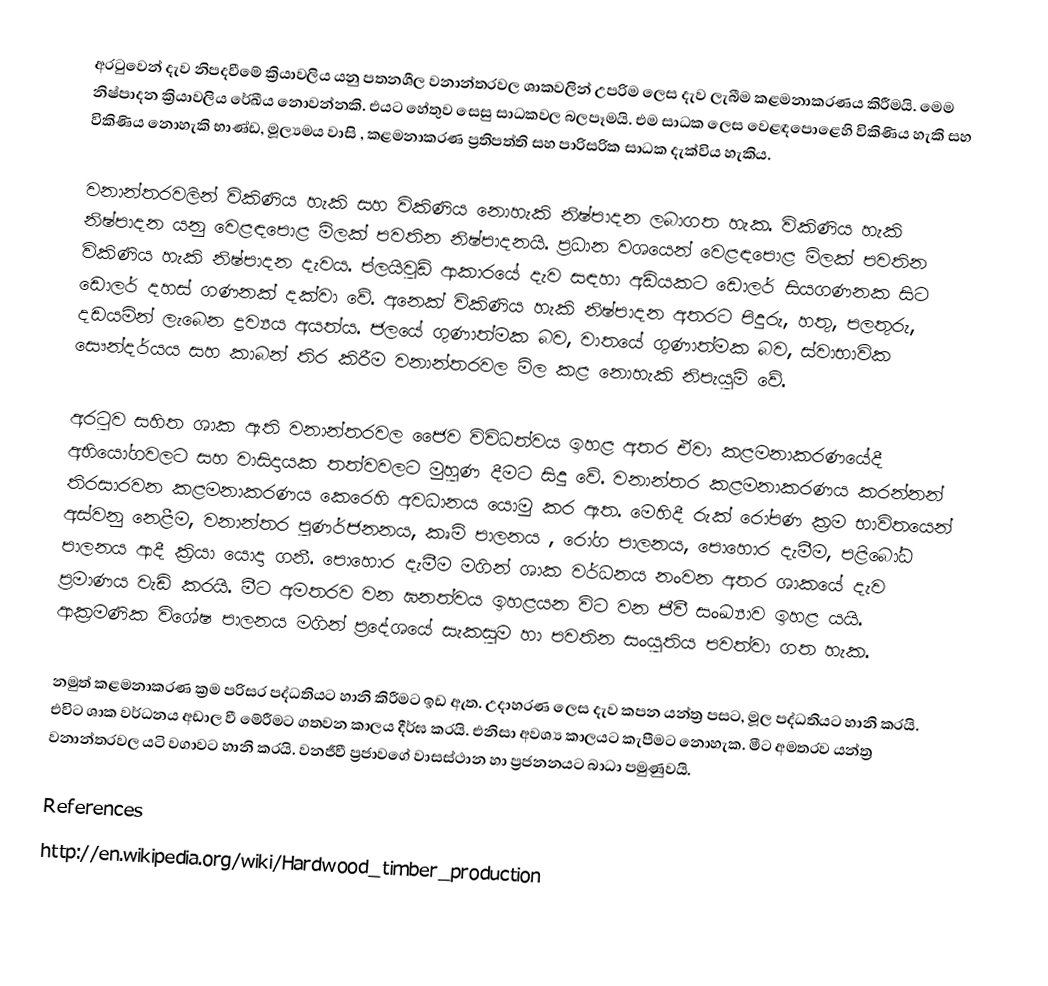
අරටුවෙන් දැව නිපදවීමේ ක්‍රියාවලිය යනු පතනශීල වනාන්තරවල ශාකවලින් උපරිම ලෙස දැව ලැබීම කළමනාකරණය කිරීමයි. මෙම නිෂ්පාදන ක්‍රියාවලිය රේඛීය නොවන්නකි. එයට හේතුව සෙසු සාධකවල බලපෑමයි. එම සාධක ලෙස වෙළඳපොළෙහි විකිණිය හැකි සහ විකිණිය නොහැකි භාණ්ඩ, මූල්‍යමය වාසි , කළමනාකරණ ප්‍රතිපත්ති සහ පාරිසරික සාධක දැක්විය හැකිය.

වනාන්තරවලින් විකිණිය හැකි සහ විකිණිය නොහැකි නිෂ්පාදන ලබාගත හැක‍. විකිණිය හැකි නිෂ්පාදන යනු වෙළඳපොළ මිලක් පවතින නිෂ්පාදනයි. ප්‍රධාන වශයෙන් වෙළඳපොළ මිලක් පවතින විකිණිය හැකි නිෂ්පාදන දැවය. ප්ලයිවුඩ් ආකාරයේ දැව සඳහා අඩියකට ඩොලර් සියගණනක සිට ඩොලර් දහස් ගණනක් දක්වා වේ. අනෙක් විකිණිය හැකි නිෂ්පාදන අතරට පිදුරු, හතු, පලතුරු, දඩයමින් ලැබෙන ද්‍රව්‍යය අයත්ය. ජලයේ ගුණාත්මක බව, වාතයේ ගුණාත්මක බව, ස්වාභාවික සෞන්දර්යය සහ කාබන් තිර කිරීම වනාන්තරවල මිල කළ නොහැකි නිපැයුම් වේ.

අරටුව සහිත ශාක ඇති වනාන්තරවල ජෛව විවිධත්වය ඉහළ අතර ඒවා කළමනාකරණයේදී අභියෝගවලට සහ වාසිදායක තත්වවලට මුහුණ දීමට සිදු වේ. වනාන්තර කළමනාකරණය කරන්නන් තිරසාරවන කළමනාකරණය කෙරෙහි අවධානය යොමු කර ඇත‍. මෙහිදී රුක් රෝපණ ක්‍රම භාවිතයෙන් අස්වනු නෙළීම, වනාන්තර පුණර්ජනනය, කෘමි පාලනය , රෝග පාලනය, පොහොර දැමීම, පළිබෝධ පාලනය ආදී ක්‍රියා යොදා ගනී. පොහොර දැමීම මගින් ශාක වර්ධනය නංවන අතර ශාකයේ දැව ප්‍රමාණය වැඩි කරයි‍. මීට අමතරව වන ඝනත්වය ඉහළයන විට වන ජීවී සංඛ්‍යාව ඉහළ යයි. ආක්‍රමණික විශේෂ පාලනය මගින් ප්‍රදේශයේ සැකසුම හා පවතින සංයුතිය පවත්වා ගත හැක.

නමුත් කළමනාකරණ ක්‍රම පරිසර පද්ධතියට හානි කිරීමට ඉඩ ඇත. උදාහරණ ලෙස දැව කපන යන්ත්‍ර පසට, මූල පද්ධතියට හානි කරයි. එවිට ශාක වර්ධනය අඩාල වී මේරීමට ගතවන කාලය දීර්ඝ කරයි. එනිසා අවශ්‍ය කාලයට කැපීමට නොහැක. මීට අමතරව යන්ත්‍ර වනාන්තරවල යටි වගාවට හානි කරයි. වනජීවී ප්‍රජාවගේ වාසස්ථාන හා ප්‍රජනනයට බාධා පමුණුවයි.

References
http://en.wikipedia.org/wiki/Hardwood_timber_production